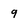
Character: q